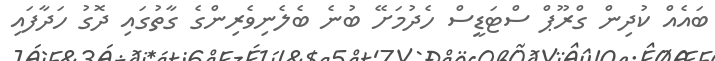
ބައެއް ކުދިން ގްރޫޕް ސްޓަޑީސް ހެދުމަށޭ ބުނެ ބެލެނިވެރިންގެ ގާތުގައި ދޮގު ހަދާފައި